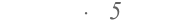
١٠